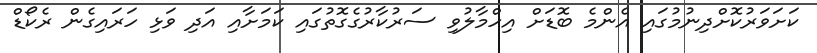
ކަށަވަރުކޮށްދިނުމުގައި އެންމެ ބޮޑަށް އިހްމާލުވި ސަރުކާރުގެގޮތުގައި ކަމަށާއި އަދި ވަޅި ހަރައިގެން ރެކޯޑް